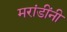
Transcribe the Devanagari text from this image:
मरांडींनी